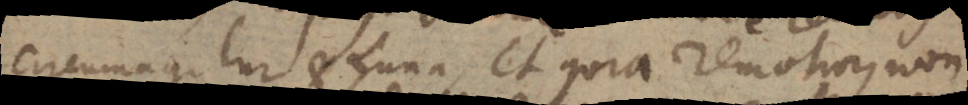
circumagitur et Luna, et quia remotior, non